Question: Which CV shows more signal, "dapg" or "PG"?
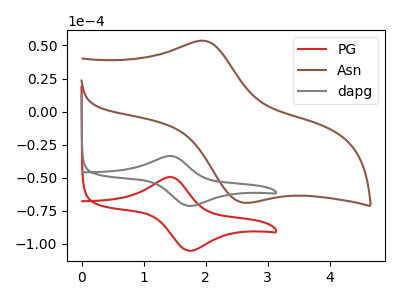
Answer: <think>The red curve "PG" has an anodic peak at (1.40V, -49.55uA) and a cathodic peak at (1.75V, -105.25uA). The brown curve "Asn" has an anodic peak at (2.00V, 53.35uA) and a cathodic peak at (2.60V, -69.00uA). The gray curve "dapg" has an anodic peak at (1.40V, -33.60uA) and a cathodic peak at (1.75V, -71.35uA).
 All the peaks in "dapg" have a peak in "PG" at the same potential.</think>
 <answer>I cant tell if "dapg" or "PG" has more signal.</answer>
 <eval>mixed_signal</eval>